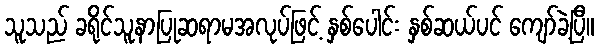
သူသည် ခရိုင်သူနာပြုဆရာမအလုပ်ဖြင့် နှစ်ပေါင်း နှစ်ဆယ်ပင် ကျော်ခဲ့ပြီ။